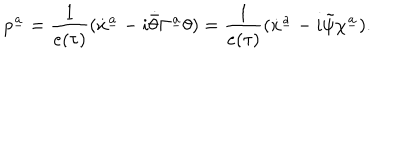
LaTeX: p ^ { \underline { { a } } } = { \frac { 1 } { e ( \tau ) } } ( \dot { x } ^ { \underline { { a } } } - i \dot { \bar { \theta } } \Gamma ^ { \underline { { a } } } \theta ) = { \frac { 1 } { e ( \tau ) } } ( \dot { x } ^ { \underline { { a } } } - i \tilde { \psi } \chi ^ { \underline { { a } } } ) .